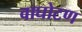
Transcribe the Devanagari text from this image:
वाघोटण